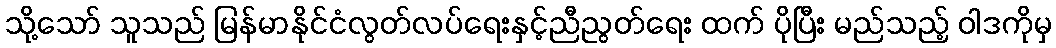
သို့သော် သူသည် မြန်မာနိုင်ငံလွတ်လပ်ရေးနှင့်ညီညွတ်ရေး ထက် ပိုပြီး မည်သည့် ဝါဒကိုမှ